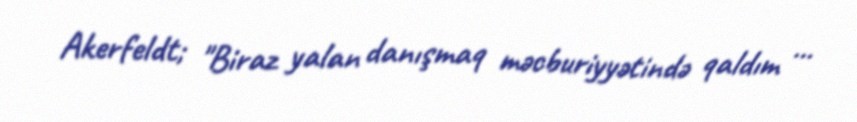
Akerfeldt; "Biraz yalan danışmaq məcburiyyətində qaldım ...